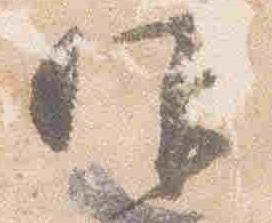
仰